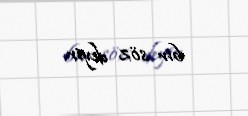
bir söz deyir.